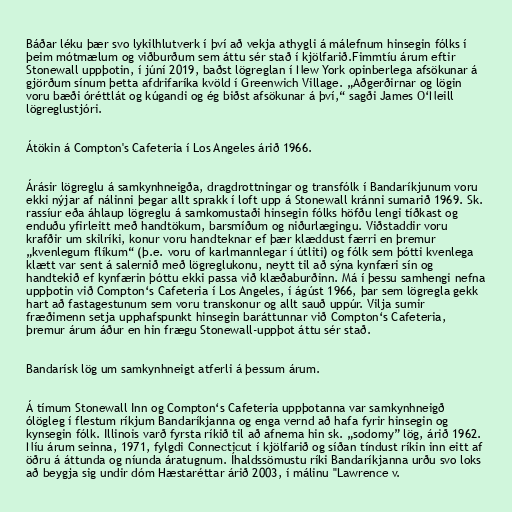
Báðar léku þær svo lykilhlutverk í því að vekja athygli á málefnum hinsegin fólks í
þeim mótmælum og viðburðum sem áttu sér stað í kjölfarið.Fimmtíu árum eftir
Stonewall uppþotin, í júní 2019, baðst lögreglan í New York opinberlega afsökunar á
gjörðum sínum þetta afdrifaríka kvöld í Greenwich Village. „Aðgerðirnar og lögin
voru bæði óréttlát og kúgandi og ég biðst afsökunar á því,“ sagði James O‘Neill
lögreglustjóri.

Átökin á Compton's Cafeteria í Los Angeles árið 1966.

Árásir lögreglu á samkynhneigða, dragdrottningar og transfólk í Bandaríkjunum voru
ekki nýjar af nálinni þegar allt sprakk í loft upp á Stonewall kránni sumarið 1969. Sk.
rassíur eða áhlaup lögreglu á samkomustaði hinsegin fólks höfðu lengi tíðkast og
enduðu yfirleitt með handtökum, barsmíðum og niðurlægingu. Viðstaddir voru
krafðir um skilríki, konur voru handteknar ef þær klæddust færri en þremur
„kvenlegum flíkum“ (þ.e. voru of karlmannlegar í útliti) og fólk sem þótti kvenlega
klætt var sent á salernið með lögreglukonu, neytt til að sýna kynfæri sín og
handtekið ef kynfærin þóttu ekki passa við klæðaburðinn. Má í þessu samhengi nefna
uppþotin við Compton‘s Cafeteria í Los Angeles, í ágúst 1966, þar sem lögregla gekk
hart að fastagestunum sem voru transkonur og allt sauð uppúr. Vilja sumir
fræðimenn setja upphafspunkt hinsegin baráttunnar við Compton‘s Cafeteria,
þremur árum áður en hin frægu Stonewall-uppþot áttu sér stað.

Bandarísk lög um samkynhneigt atferli á þessum árum.

Á tímum Stonewall Inn og Compton‘s Cafeteria uppþotanna var samkynhneigð
ólögleg í flestum ríkjum Bandaríkjanna og enga vernd að hafa fyrir hinsegin og
kynsegin fólk. Illinois varð fyrsta ríkið til að afnema hin sk. „sodomy” lög, árið 1962.
Níu árum seinna, 1971, fylgdi Connecticut í kjölfarið og síðan tíndust ríkin inn eitt af
öðru á áttunda og níunda áratugnum. Íhaldssömustu ríki Bandaríkjanna urðu svo loks
að beygja sig undir dóm Hæstaréttar árið 2003, í málinu "Lawrence v.